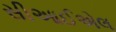
સીઆઈએલ